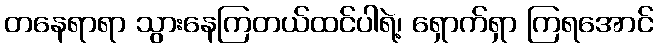
တနေရာရာ သွားနေကြတယ်ထင်ပါရဲ့၊ ရှောက်ရှာ ကြရအောင်